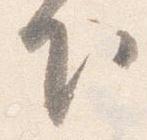
下